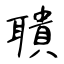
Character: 聵